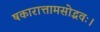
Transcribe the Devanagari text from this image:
षकारात्तामसोद्भवः।